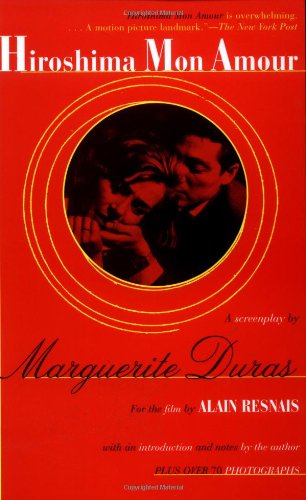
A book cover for Hiroshima Mon Amour; Marguerite Duras; Humor & Entertainment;